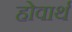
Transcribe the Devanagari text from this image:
होवार्थ